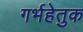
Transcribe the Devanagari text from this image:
गर्भहेतुक